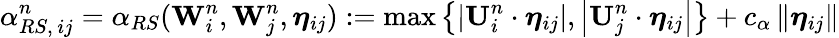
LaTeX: \alpha_{RS,\, ij}^{n}=\alpha_{RS}(\mathbf{W}_{i}^{n},\mathbf{W}_{j}^{n},\boldsymbol{\eta}_{ij}):=\operatorname*{max}\left\lbrace\left|\mathbf{U}_{i}^{n}\cdot\boldsymbol{\eta}_{ij}\right|,\left|\mathbf{U}_{j}^{n}\cdot\boldsymbol{\eta}_{ij}\right|\right\rbrace+c_{\alpha}\left\| \boldsymbol{\eta}_{ij}\right\|